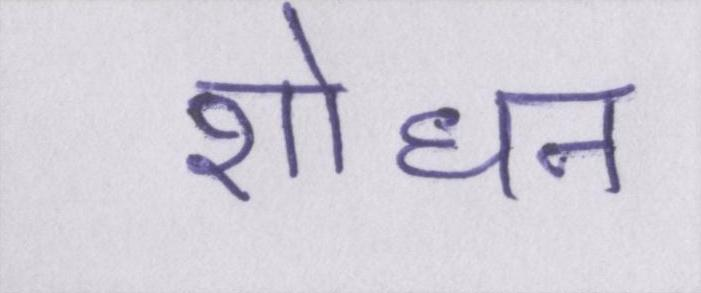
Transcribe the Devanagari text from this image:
शोधन